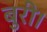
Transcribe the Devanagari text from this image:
बुरी।